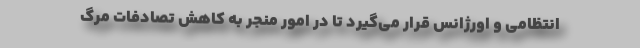
انتظامی و اورژانس قرار می‌گیرد تا در امور منجر به کاهش تصادفات مرگ